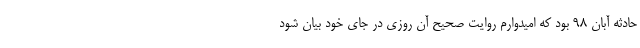
حادثه آبان ۹۸ بود که امیدوارم روایت صحیح آن روزی در جای خود بیان شود